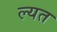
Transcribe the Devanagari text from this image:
ल्यत